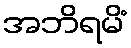
အဘိရမိံ